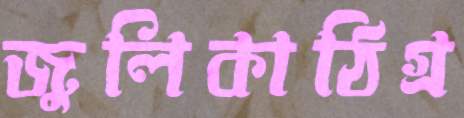
জুলিকাঠিগ্র